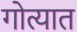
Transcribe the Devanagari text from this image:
गोत्यात